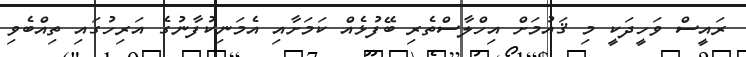
ރައީސް ވަހީދަކީ މި ޤައުމަށް އިހްލާސްތެރި ބޭފުޅެއް ކަމަށާއި އެމަނިކުފާނުގެ އަރިހުގައި ތިއްބެވި